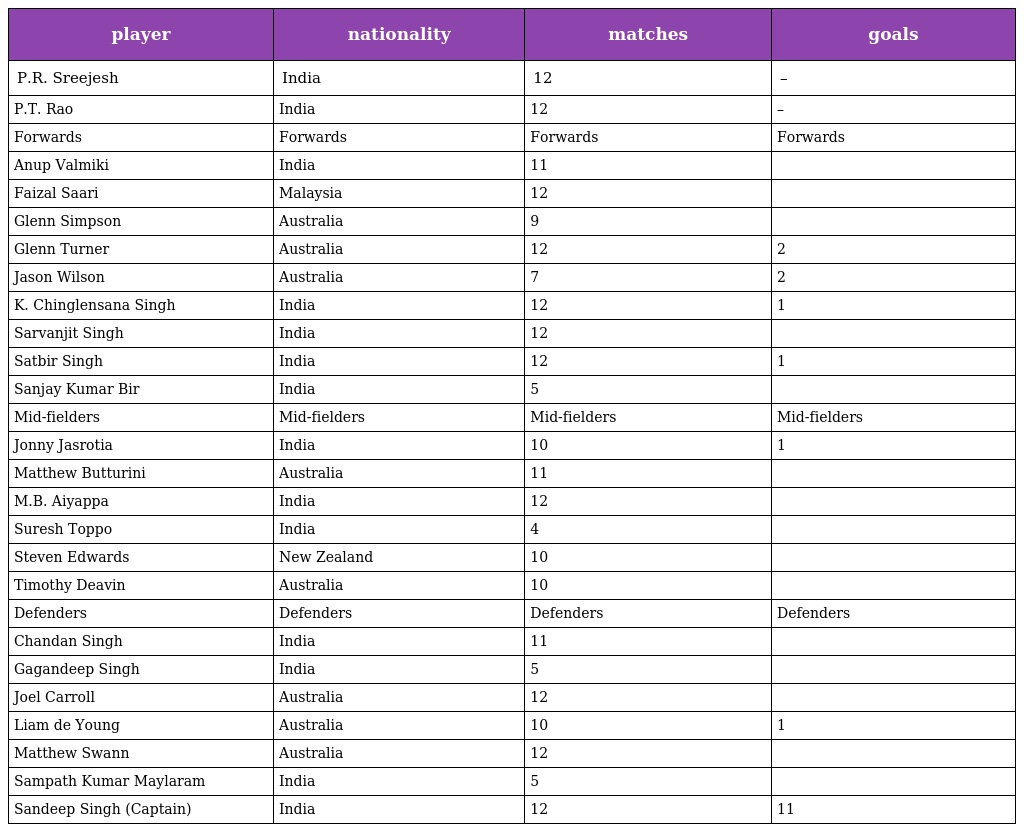
| player | nationality | matches | goals |
 | --- | --- | --- | --- |
 | P.R. Sreejesh | India | 12 | – |
 | P.T. Rao | India | 12 | – |
 | Forwards | Forwards | Forwards | Forwards |
 | Anup Valmiki | India | 11 |  |
 | Faizal Saari | Malaysia | 12 |  |
 | Glenn Simpson | Australia | 9 |  |
 | Glenn Turner | Australia | 12 | 2 |
 | Jason Wilson | Australia | 7 | 2 |
 | K. Chinglensana Singh | India | 12 | 1 |
 | Sarvanjit Singh | India | 12 |  |
 | Satbir Singh | India | 12 | 1 |
 | Sanjay Kumar Bir | India | 5 |  |
 | Mid-fielders | Mid-fielders | Mid-fielders | Mid-fielders |
 | Jonny Jasrotia | India | 10 | 1 |
 | Matthew Butturini | Australia | 11 |  |
 | M.B. Aiyappa | India | 12 |  |
 | Suresh Toppo | India | 4 |  |
 | Steven Edwards | New Zealand | 10 |  |
 | Timothy Deavin | Australia | 10 |  |
 | Defenders | Defenders | Defenders | Defenders |
 | Chandan Singh | India | 11 |  |
 | Gagandeep Singh | India | 5 |  |
 | Joel Carroll | Australia | 12 |  |
 | Liam de Young | Australia | 10 | 1 |
 | Matthew Swann | Australia | 12 |  |
 | Sampath Kumar Maylaram | India | 5 |  |
 | Sandeep Singh (Captain) | India | 12 | 11 |